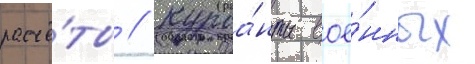
расчё́ты // Курса́нты вое́нных